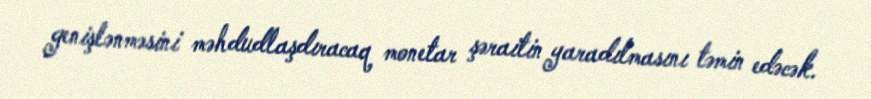
genişlənməsini məhdudlaşdıracaq monetar şəraitin yaradılmasını təmin edəcək.